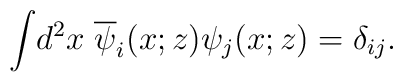
\int \! d^2 x \; \overline{\psi}_i(x;z)\psi_j(x;z) = \delta_{ij}.